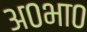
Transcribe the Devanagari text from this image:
अ०भा०